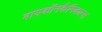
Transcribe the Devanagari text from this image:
बायकॉनकैमिकल्स